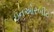
ઇનઓરબીટ